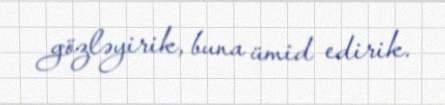
gözləyirik, buna ümid edirik.